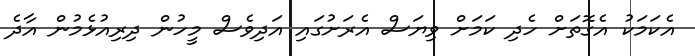
އެކަމަކު އެގޮތަށް ހެދި ކަމަށް ވިޔަސް އެރަށުގައި އަދިވެސް މީހުން ދިރިއުޅެމުން އާދެ